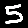
Digit: 5